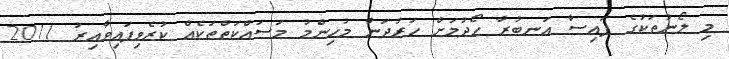
މި ލޯނުތަކުގެ ފައިސާ އަނބުރާ ހޯދުމަށް ހަރުދަނާ މުހިންމު މަސައްކަތްތަކެއް ކުރެވިފައިވާއިރު 2011